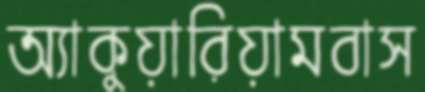
অ্যাকুয়ারিয়ামবাস